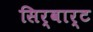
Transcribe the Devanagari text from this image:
सिर्वार्ट